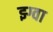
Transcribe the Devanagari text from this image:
झ्ग्वा